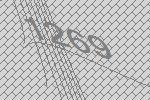
1269